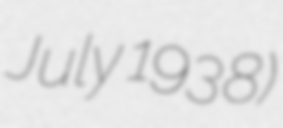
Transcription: July 1938)